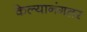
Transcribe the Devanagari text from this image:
केल्यानंगतर